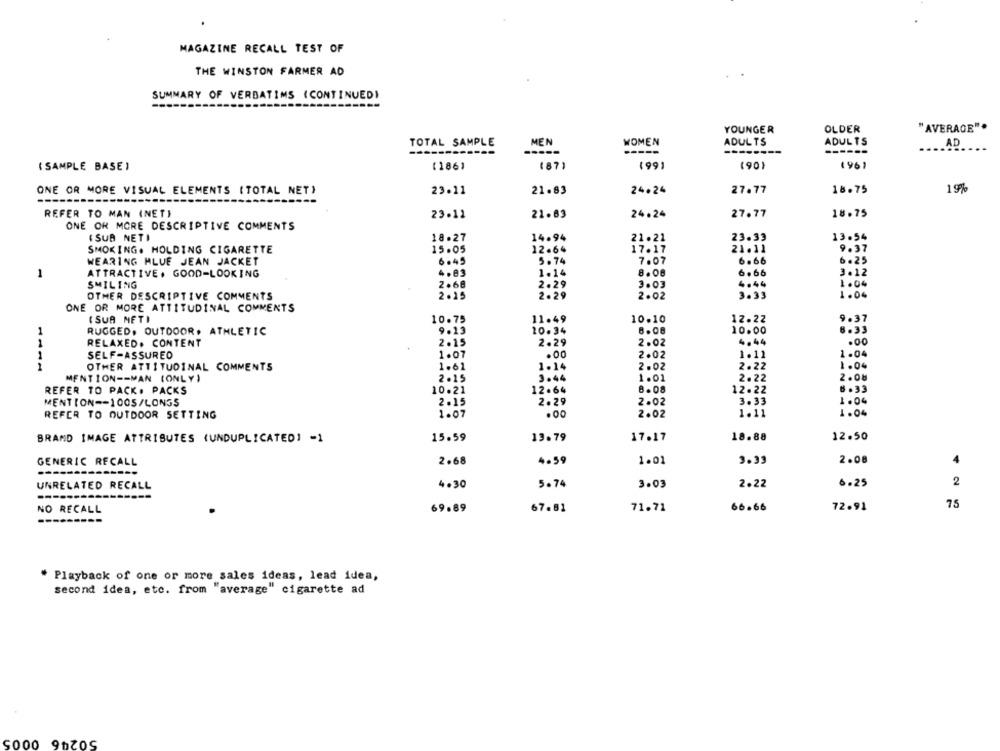
MAGAZINE RECALL TEST OF
THE WINSTON FARMER AD
SUMMARY OF VERBATIMS (CONTINUED)
"AVERAGE".
YOUNGER
OLDER
TOTAL SAMPLE
MEN
WOMEN
ADULTS
ADULTS
AD
-----
--------
------
(1861
(87)
(99)
(90)
(96)
( SAMPLE BASE )
ONE OR MORE VISUAL ELEMENTS (TOTAL NET)
23.11
21.83
24.24
27.77
18.75
1 9%
-----
REFER TO MAN (NET)
23.11
21.83
24.24
27.77
18.75
ONE OR MORE DESCRIPTIVE COMMENTS
( SUB NETI
18.27
14.94
21.21
23.33
13.54
17.17
9.37
SMOKING. HOLDING CIGARETTE
12.64
21.11
WEARING BLUE JEAN JACKET
6.45
5.74
7.07
6.66
6.25
1
ATTRACTIVE. GOOD-LOOKING
4.83
1.14
8.06
6.66
3.12
SMILING
2.68
2.29
3.03
4.44
1.04
OTHER DESCRIPTIVE COMMENTS
2.15
2.29
2.02
3.33
1.04
ONE OR MORE ATTITUDINAL COMMENTS
( SUA METI
10.75
11.49
10.10
12.22
1
RUGGED. OUTDOOR. ATHLETIC
10.34
8.08
10.00
9.19
8.33
1
RELAXED. CONTENT
2.15
2.29
2.02
4.44
.00
SELF-ASSURED
.00
2.02
1.11
1.04
1
1.07
1
OTHER ATTITUDINAL COMMENTS
1.61
1.14
2.02
2.22
1.04
2.0b
MENTION -- MAN (ONLY)
2.15
3.44
1.01
2.22
REFER TO PACK. PACKS
10.21
12.64
8.08
12.22
6 .33
MENTION -- 100S/LONGS
2.15
2.29
2.02
3.33
1.04
1 .07
.00
2.02
1.11
1.04
REFER TO OUTDOOR SETTING
15.59
12.50
BRAND IMAGE ATTRIBUTES (UNDUPLICATED] =1
13.79
17.17
18.88
2.08
GENERIC RECALL
2.68
4.59
1.01
3.33
UNRELATED RECALL
4.30
5.74
3.03
2.22
6.25
2
NO RECALL
69.89
67.81
71.71
66.66
72.91
75
* Playback of one or more sales ideas, lead idea,
second idea, etc. from "average" cigarette ad
50246 0005